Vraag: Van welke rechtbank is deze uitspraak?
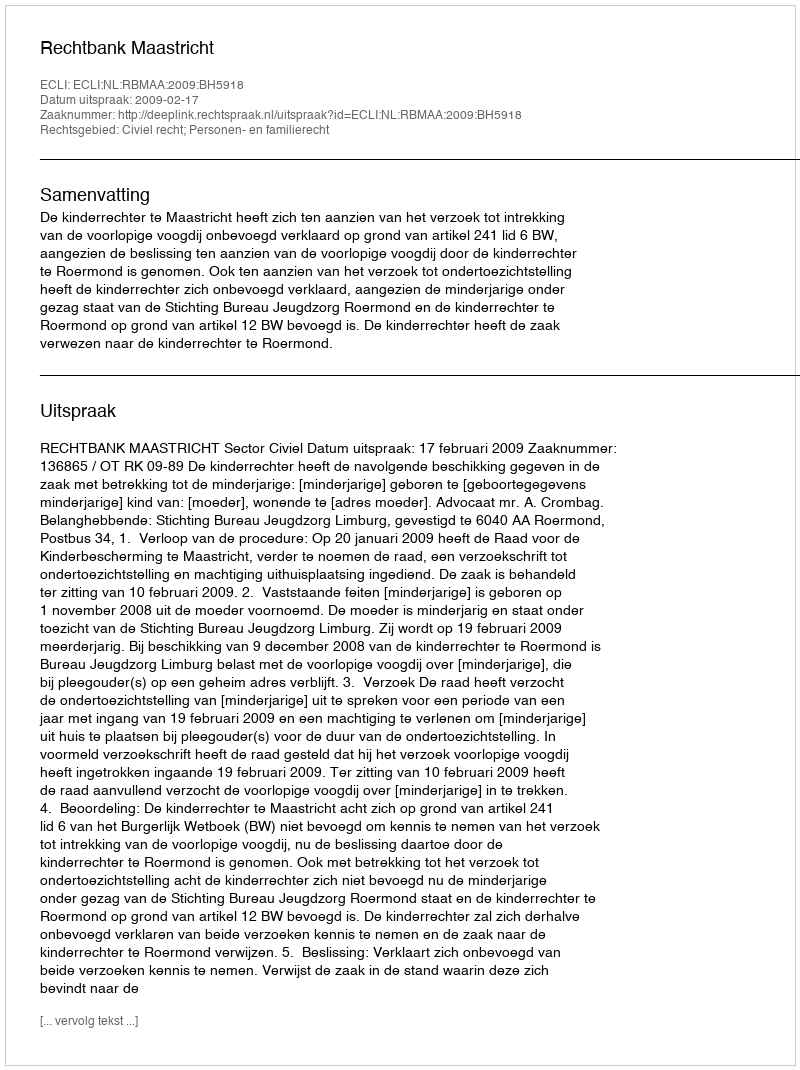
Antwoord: Rechtbank Maastricht